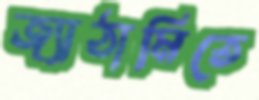
জ্যাঠামিতে